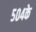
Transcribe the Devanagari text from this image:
५०४के